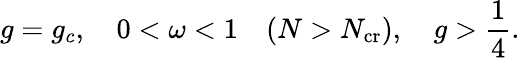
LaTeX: g=g_{c},\quad 0<\omega<1\quad(N>N_{\mathrm{cr}}),\quad g>\frac{1}{4}.